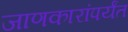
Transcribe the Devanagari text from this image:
जाणकारांपर्यंत